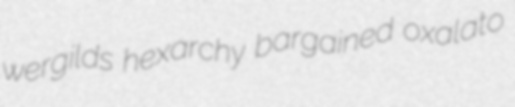
wergilds hexarchy bargained oxalato